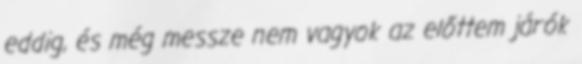
eddig, és még messze nem vagyok az előttem járók